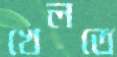
খেলতে